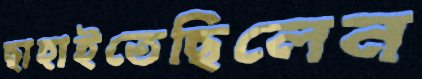
ছাহাইতেছিলেন